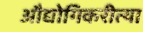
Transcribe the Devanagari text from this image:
औद्योगिकरीत्या